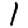
Digit: 1